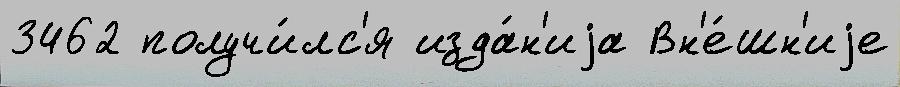
3462 получи́лс'я изда́н'иjа Вн'е́шн'иjе